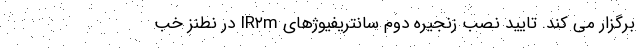
برگزار می کند. تایید نصب زنجیره دوم سانتریفیوژهای IR۲m در نطنز خب